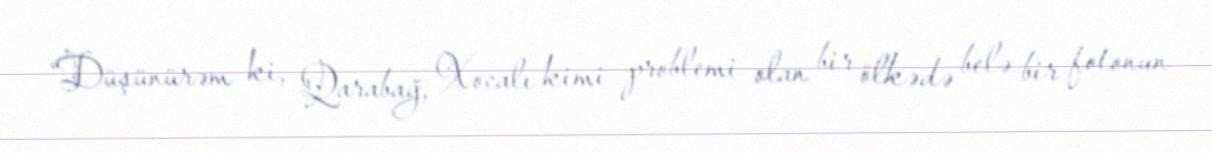
“Düşünürəm ki, Qarabağ, Xocalı kimi problemi olan bir ölkədə belə bir fotonun